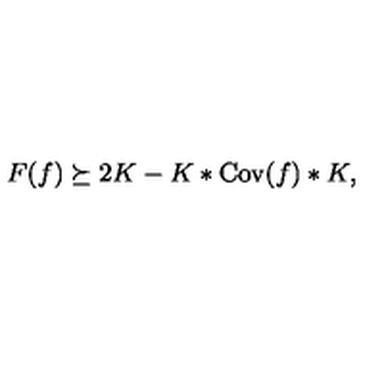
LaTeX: F ( f ) \succeq 2 K - K \ast \mathrm { C o v } ( f ) \ast K ,